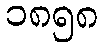
၁၈၅၈